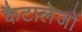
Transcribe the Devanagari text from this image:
कैटालेजों